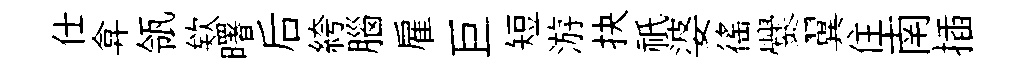
仕弇瓴欸曙后絝腦雇巨短游抉祇婆徭爨翼住南插